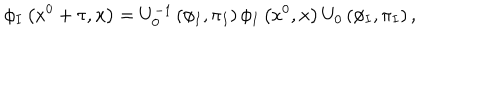
\phi _ { I } \left( x ^ { 0 } + \tau , { \bf x } \right) = U _ { 0 } ^ { - 1 } \left( \phi _ { I } , \pi _ { I } \right) \phi _ { I } \left( x ^ { 0 } , { \bf x } \right) U _ { 0 } \left( \phi _ { I } , \pi _ { I } \right) ,